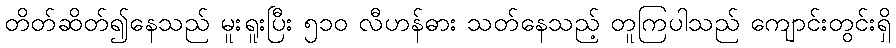
တိတ်ဆိတ်၍နေသည် မူးရူးပြီး ၅၁၀ လီဟန်ဓား သတ်နေသည့် တူကြပါသည် ကျောင်းတွင်းရှိ